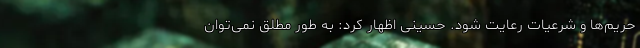
حریم‌ها و شرعیات رعایت شود. حسینی اظهار کرد: به طور مطلق نمی‌توان